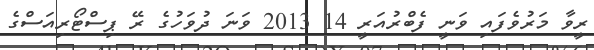
ރީވާ މަރުވެފައި ވަނީ ފެބްރުއަރީ 14 2013 ވަނަ ދުވަހުގެ ރޭ ޕިސްޓޯރިއަސްގެ